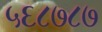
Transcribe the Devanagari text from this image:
५६८७८७